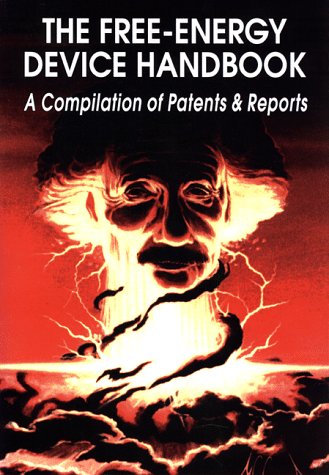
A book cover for Free-Energy Device Handbook (Lost Science (Adventures Unlimited Press)); David Hatcher Childress; Science & Math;